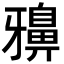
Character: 𪖕